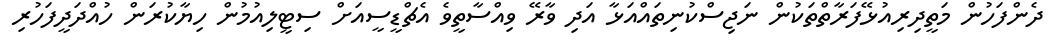
ދެންފަހުން މަތީދިރިއުޅޭފަރާތްތަކުން ނަޖިސްކުނިތައްއަޅާ އަދި ވާރޭ ވިއްސާތީވެ އެޗްޑީސީއަށް ސިޓީލިއުމުން ހިޔާކުރަން ހުއްދަދީފަހުރި